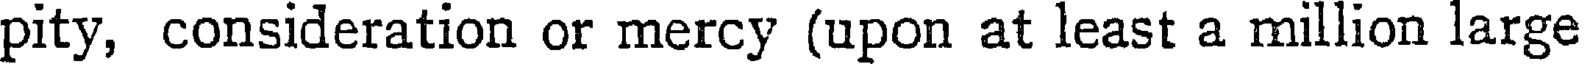
pity, consideration or mercy (upon at least a million large